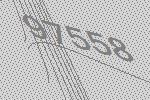
97558